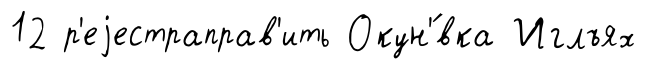
12 р'еjестраправ'ить Окун'́вка Иглъях